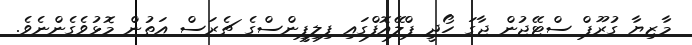
މާޒިޔާ ގުރޫޕް ސްޓޭޖުން ޖާގަ ހޯދީ ޕްލޭއޮފްގައި ފިލިޕީންސްގެ ޗެރަސް އަތުން މޮޅުވެެގެންނެވެ.